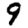
Digit: 9